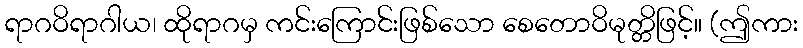
ရာဂဝိရာဂါယ၊ ထိုရာဂမှ ကင်းကြောင်းဖြစ်သော စေတောဝိမုတ္တိဖြင့်။ (ဤကား